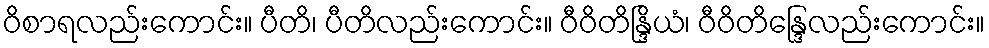
ဝိစာရလည်းကောင်း။ ပီတိ၊ ပီတိလည်းကောင်း။ ဝီဝိတိန္ဒြိယံ၊ ဝီဝိတိန္ဒြေလည်းကောင်း။